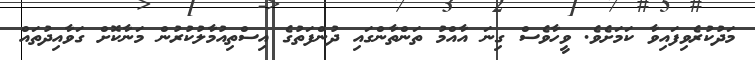
މަދުކުރެވިފައިވާ ކަމަށެވެ. ވީހާވެސް ގިނަ އާއްމު ތަންތާންގައި ދުންފަތުގެ އިސްތިއުމާލުކުރުން މަނާކޮށް ގަވާއިދުތައް